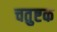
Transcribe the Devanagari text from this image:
चतुष्टक